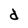
Character: d